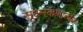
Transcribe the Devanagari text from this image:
सूक्ष्मकणात्मक